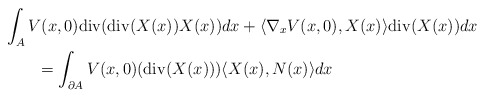
\begin{align*}\begin{aligned}&\int_{A} V(x,0)\mathrm{div}(\mathrm{div}(X(x))X(x))dx+\langle\nabla_{x} V(x,0),X(x)\rangle\mathrm{div}(X(x))dx\\&\qquad=\int_{\partial A}V(x,0)(\mathrm{div}(X(x)))\langle X(x),N(x)\rangle dx\end{aligned}\end{align*}